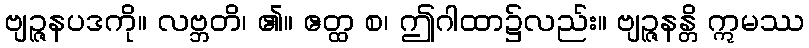
ဗျဉ္ဇနပဒကို။ လဗ္ဘတိ၊ ၏။ ဧတ္ထ စ၊ ဤဂါထာ၌လည်း။ ဗျဉ္ဇနန္တိ ဣမဿ